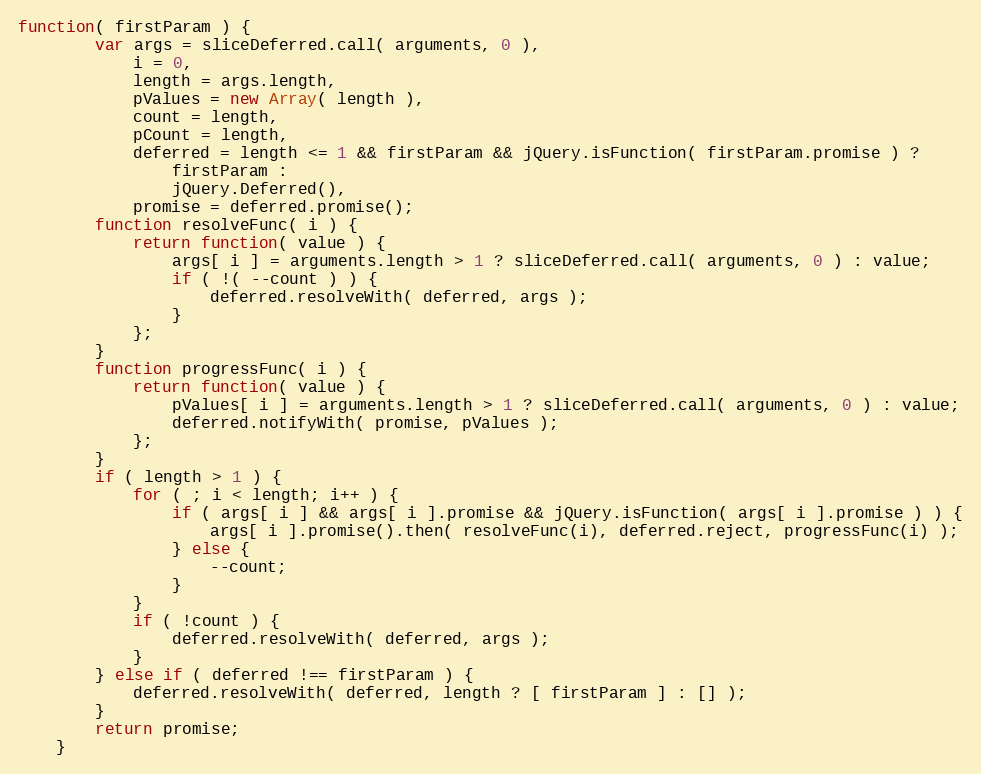
Language: JavaScript
function( firstParam ) {
		var args = sliceDeferred.call( arguments, 0 ),
			i = 0,
			length = args.length,
			pValues = new Array( length ),
			count = length,
			pCount = length,
			deferred = length <= 1 && firstParam && jQuery.isFunction( firstParam.promise ) ?
				firstParam :
				jQuery.Deferred(),
			promise = deferred.promise();
		function resolveFunc( i ) {
			return function( value ) {
				args[ i ] = arguments.length > 1 ? sliceDeferred.call( arguments, 0 ) : value;
				if ( !( --count ) ) {
					deferred.resolveWith( deferred, args );
				}
			};
		}
		function progressFunc( i ) {
			return function( value ) {
				pValues[ i ] = arguments.length > 1 ? sliceDeferred.call( arguments, 0 ) : value;
				deferred.notifyWith( promise, pValues );
			};
		}
		if ( length > 1 ) {
			for ( ; i < length; i++ ) {
				if ( args[ i ] && args[ i ].promise && jQuery.isFunction( args[ i ].promise ) ) {
					args[ i ].promise().then( resolveFunc(i), deferred.reject, progressFunc(i) );
				} else {
					--count;
				}
			}
			if ( !count ) {
				deferred.resolveWith( deferred, args );
			}
		} else if ( deferred !== firstParam ) {
			deferred.resolveWith( deferred, length ? [ firstParam ] : [] );
		}
		return promise;
	}